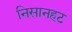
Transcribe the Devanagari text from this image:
निसानहट